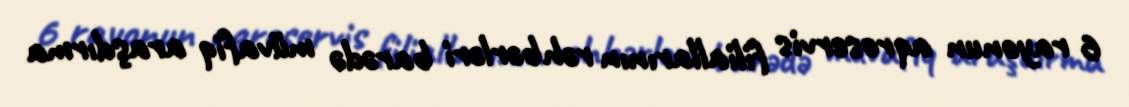
6 rayonun aqroservis filiallarının rəhbərləri barədə müvafiq araşdırma